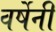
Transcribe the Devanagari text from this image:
वर्षेनी